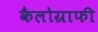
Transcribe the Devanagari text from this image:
कैलोग्राफी